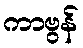
ကာဗွန်